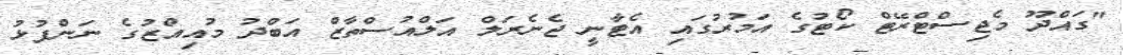
"ގައްދޫ މެޖިސްޓްރޭޓް ކޯޓުގެ އަމުރުގައި އެޓާނީ ޖެނެރަލް އަލްއުސްތާޒް އަބްދު މުއިއްޒުގެ ނަންފުޅު